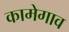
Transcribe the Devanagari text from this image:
कामेगाव